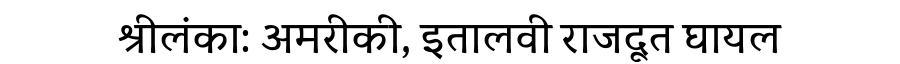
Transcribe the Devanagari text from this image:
श्रीलंका: अमरीकी, इतालवी राजदूत घायल